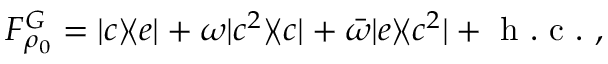
\begin{array} { r } { F _ { \rho _ { 0 } } ^ { G } = | c \rangle \! \langle e | + \omega | c ^ { 2 } \rangle \! \langle c | + \bar { \omega } | e \rangle \! \langle c ^ { 2 } | + \mathrm { ~ h ~ . ~ c ~ . ~ } , } \end{array}